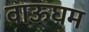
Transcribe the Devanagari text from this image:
वाऊघम